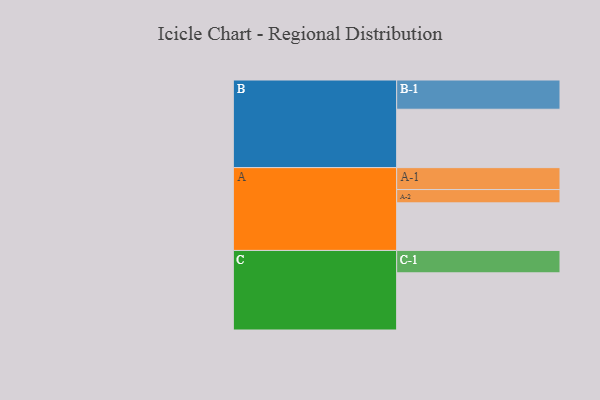
{"axis": {"x": "Segment", "y": "Value"}, "legend": ["", "A", "B", "C"], "data": [{"x": "A", "y": 436, "type": ""}, {"x": "B", "y": 535, "type": ""}, {"x": "C", "y": 524, "type": ""}, {"x": "A-1", "y": 201, "type": "A"}, {"x": "A-2", "y": 122, "type": "A"}, {"x": "B-1", "y": 268, "type": "B"}, {"x": "C-1", "y": 205, "type": "C"}]}